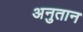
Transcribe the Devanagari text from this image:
अनुतान